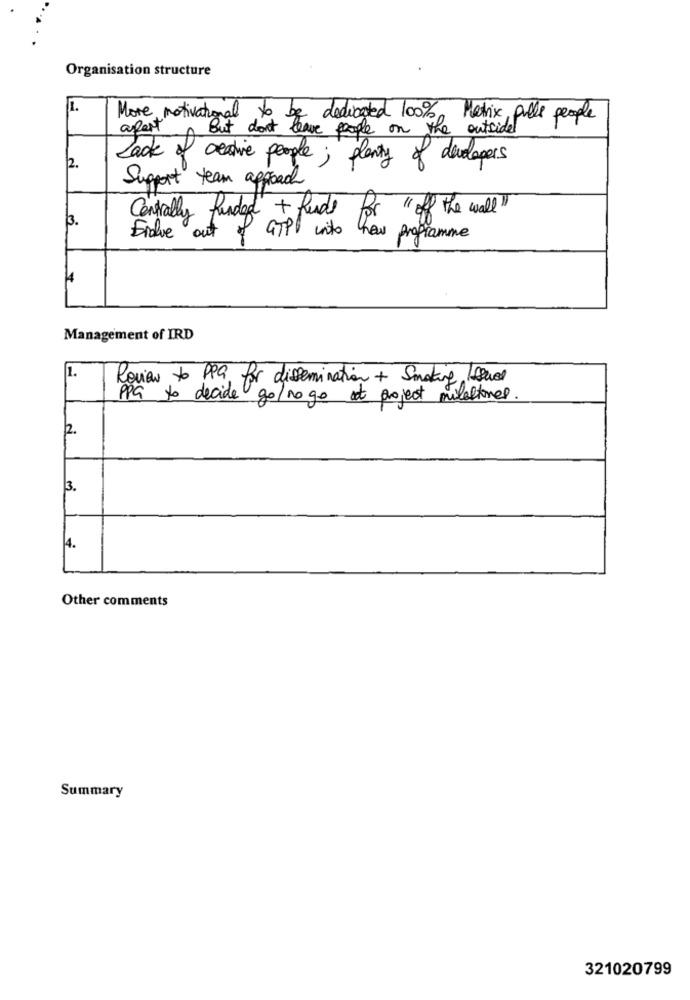
Organisation structure
1.
More motivational to be dedicated 100%
Matrix, pulls people
apert
But don't leave people on the
outside
Lack of creative people; plenty of developers
2.
Support team approach
Centrally funded + Rude
" off the wall"
3.
Grave
GTPP into
how programme
Management of IRD
1.
Review to PPS, for dissemination + Smoking Issued
PPG to decide
go/no go et project milestones.
3.
4.
Other comments
Summary
321020799